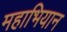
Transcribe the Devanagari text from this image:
महाभियान